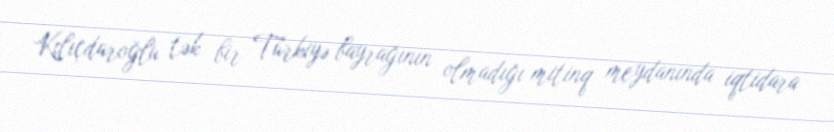
Kılıçdaroğlu tək bir Türkiyə bayrağının olmadığı mitinq meydanında iqtidara